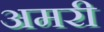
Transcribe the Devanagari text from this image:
अमरी